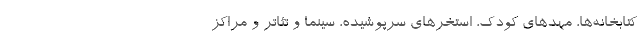
کتابخانه‌ها، مهدهای کودک، استخرهای سرپوشیده، سینما و تئاتر و مراکز